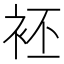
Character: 𲀨